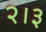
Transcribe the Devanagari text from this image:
२।३